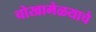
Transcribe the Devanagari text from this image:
चोखामेळयाचे